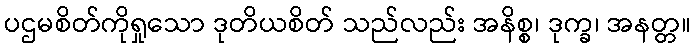
ပဌမစိတ်ကိုရှုသော ဒုတိယစိတ် သည်လည်း အနိစ္စ၊ ဒုက္ခ၊ အနတ္တ။